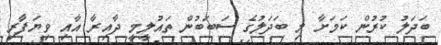
ބަދަލު ކުރުން ކަމަށާ މި ބަދަލުގެ ސަބަބުން ތައުލީމީ ދާއިރާ އާއި ވިޔަފާރި